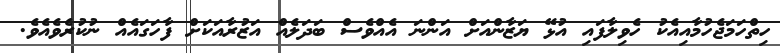
ހިތްހަމަޖެހުމާއިއެކު ހެވިލާފައި އުޅޭ ޔަޒާންއަށް އަންނަ އެއްވެސް ބަދަލެއް އަޒުރާއަކަށް ފާހަގައެއް ނުކުރެވެއެވެ.